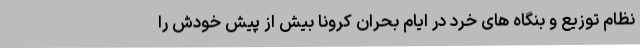
نظام توزیع و بنگاه های خرد در ایام بحران کرونا بیش از پیش خودش را